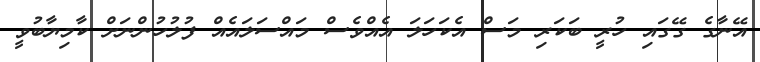
އޭނާގެ ގޭގައި ހުރީ ބަކަރި މަސް އެކަހަލަ އެއްވެސް މައްސަލައެއް ފުލުހުންނަށް ކާމިޔާބުވީ